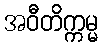
အဝီတိက္ကမ္မ